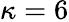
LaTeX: \kappa=6